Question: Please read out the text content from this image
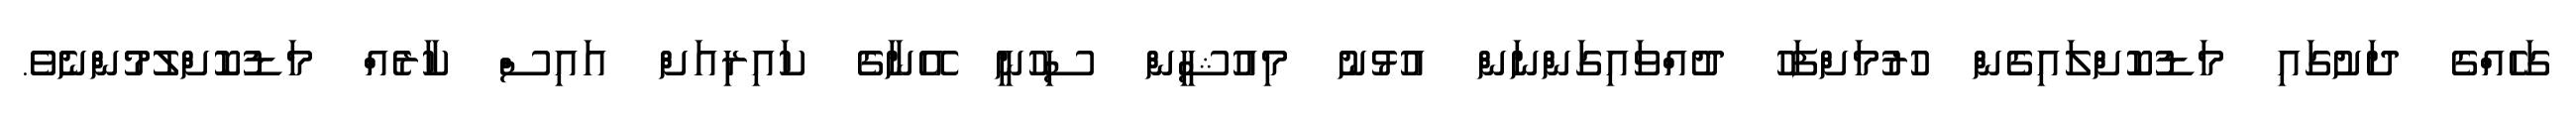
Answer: ގަހެއްގެ ދަށުގައި މަޑުކޮށްލައިގެން ހުރުމަށްފަހު ދުއްވައިގަންނަން އުޅުނު މިއުޝީން ސިހުނީ އޭނާގެ ކައިރިއަށް އައިސް ކާރެއް މަޑުކޮށްލުމުންނެވެ.